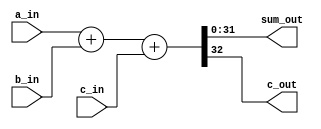
//-----------------------------------------------------------
// Creator : Terry Ye
// Function: full adder with parameters which define the width
// Update  :
// Coryright: www.SUSTec.com
//-----------------------------------------------------------

module param_adder
// parameterization design
#(parameter WIDTH = 32)

(       
  // module head: verillog-2001 format
  input  wire [WIDTH-1:0]a_in,
  input  wire [WIDTH-1:0]b_in,
  input  wire [0      :0]c_in,     // carry in
  output wire [WIDTH-1:0]sum_out,
  output wire [      0:0]c_out     // carry out
);

  // behavior of the adder can be synthesizable
  // "assign" means connectivity
  assign {c_out, sum_out} = a_in + b_in + c_in;

endmodule